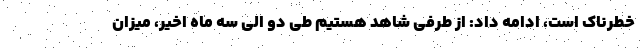
خطرناک است، ادامه داد: از طرفی شاهد هستیم طی دو الی سه ماه اخیر، میزان